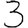
Digit: 3